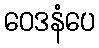
ဝေဒနံပေ